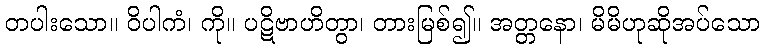
တပါးသော။ ဝိပါကံ၊ ကို။ ပဋိဗာဟိတွာ၊ တားမြစ်၍။ အတ္တနော၊ မိမိဟုဆိုအပ်သော